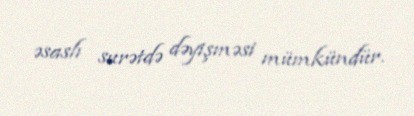
əsaslı surətdə dəyişməsi mümkündür.